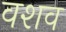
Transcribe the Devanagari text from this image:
वशव